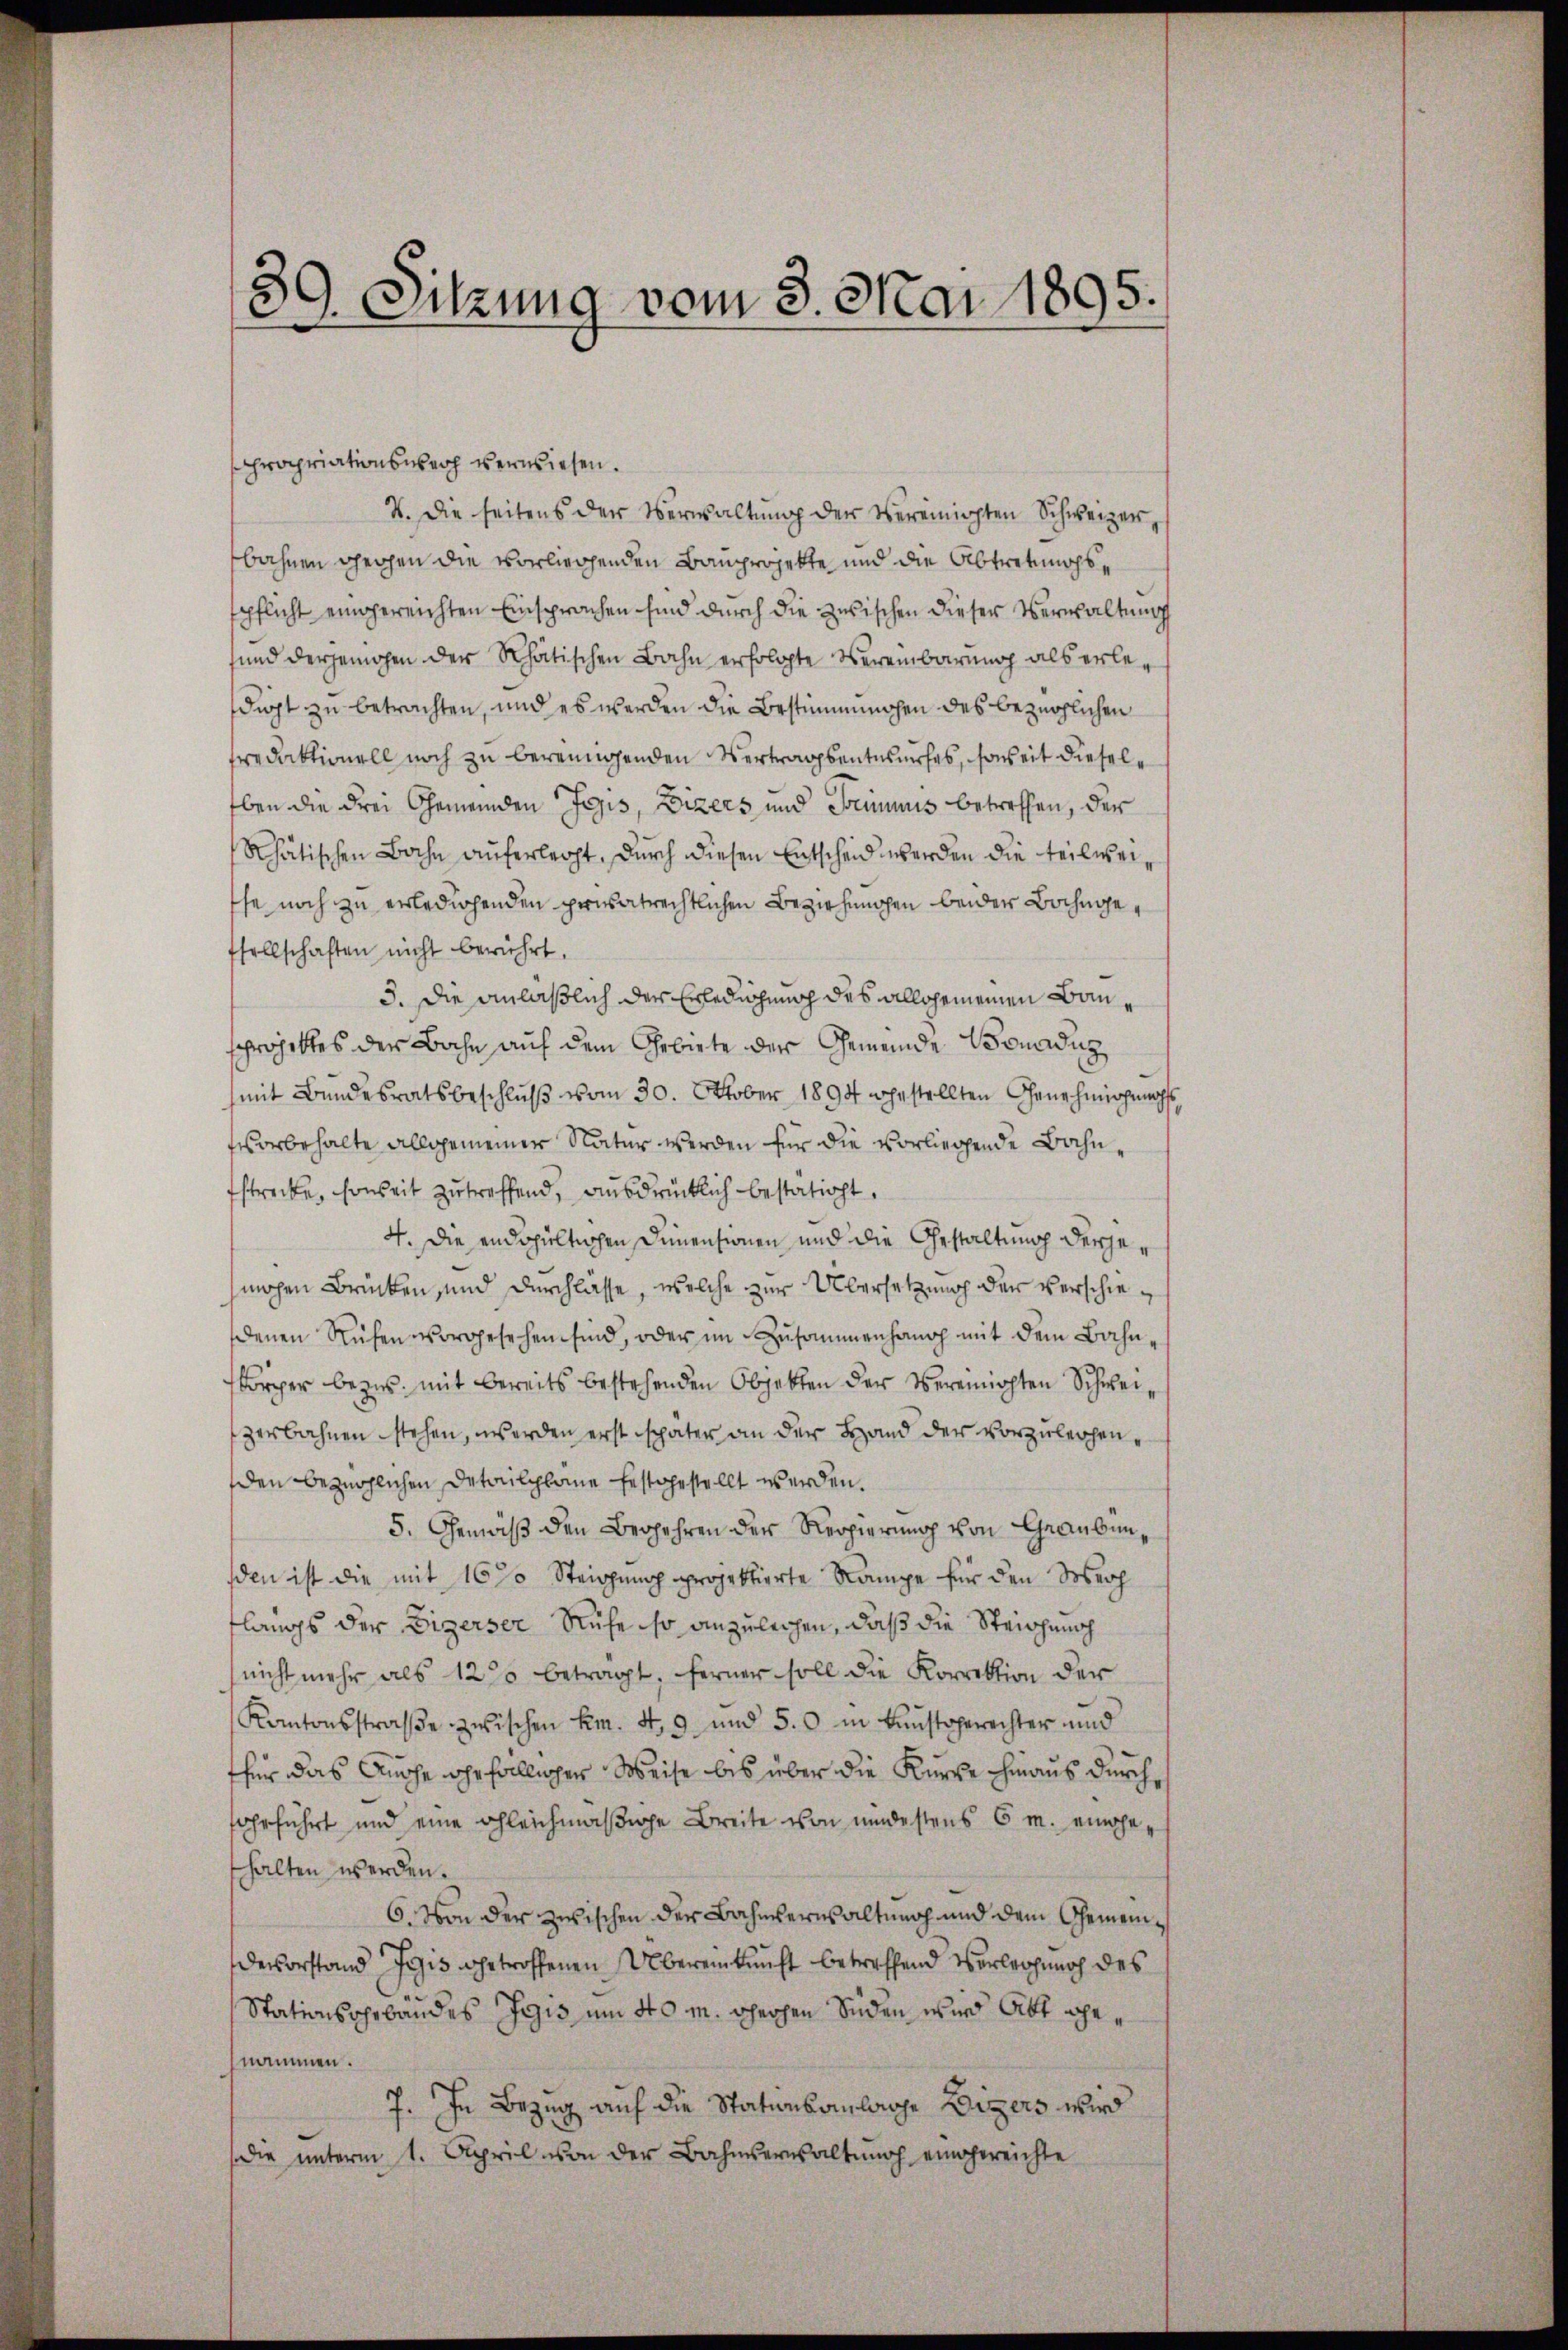
s
 Sitzung vom 3. Mai 1895.

propriationsweg verwiesen.
V. Die seitens der Verwaltŭng der Vereinigten Schweizerbahnen gechen die vorliegenden Bauprojekte und die Abtretungsspflicht eingereichten Einsprachen sind durch die zwischen dieser Verwaltung
sund derjenigen der Rhätischen Bahn erfolgte Vereinbarung als erledigt zu betrachten, und es werden die Bestimmungen des bezüglichen
sredaktionell noch zu bereingenden Vertragsentwurfes, soweit diesel¬
Eben die drei Gemeinden Fezis, Vizers und Freimnis betreffen, der
Rhätischen Bache auferleiht. Durch diesen Entscheid werden die teilwei¬
Ehe noch zu erledigenden privatrechtlichen Beziehungen beider Bahngefsellschaften nicht berührt.
5. Die anläßlich der Erledigung des allgemeinen Bauschrojektes der Bahn auf dem Gebiete der Gemeinde Bonadig
mit Bundesratsbeschluß vom 30. Oktober 1894 gestellten Genehmigungs
torbehalte allgemeiner Natur werden für die vorliegende Bahnfstrecke, soweit zutreffend, ausdrücklich bestatirt.
4. Die endspieltischen Dimensionen und die Gestaltung derjemachen Brücken, und Durchlasse, welche zur Übersetzung der verschiedenen Rufen vorgesehen sind, oder im Zusammenhang mit dem Bahn¬
Körper bezw. mit bereits bestehenden Objekten der Vereinigten Schweizerbahnen stehen, werden erst später an der Hand der vorzuleihenden bezüglichen Detailpläne festgestellt werden.
5. Gemäß den Begehren der Regierung von Graubünsden ist die mit 16% Steigung projektierte Rampe für den Wech
längs der Eigerser Ruhe so anzuleihen, daß die Steigung
nicht mehr als 1200 betragt, ferner soll die Korrektion der
Kantonsstraβe zwischen Em. 4. 9. und 50 in kunstgerechter und
thür das Ansche ehrfälliger Weise bis über die Kirche hinaus durchfgeführt und eine gleichmäßige Breite von mindestens 6 m. eingehalten werden.
6. Von der zwischen der Bahnverwaltung und dem Gemein¬
Desvorstand Jgis getroffenen Übereinkunft betreffend Vorlegung des
Stationsgebäudes Gris um 40 m. Schechen Süden wird Abt genammen.
7. In Bezug auf die Stationsanlage Lizers wird
die ŭnterm 1. April von der Bahnverwaltŭng eingereichte